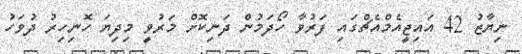
ނިޔާޒު 42 އައިޖީއެމްއެޗްގައި ފަރުވާ ހޯދަމުން ދަނިކޮށް މަރުވީ މިދިޔަ ހޮނިހިރު ދުވަހު